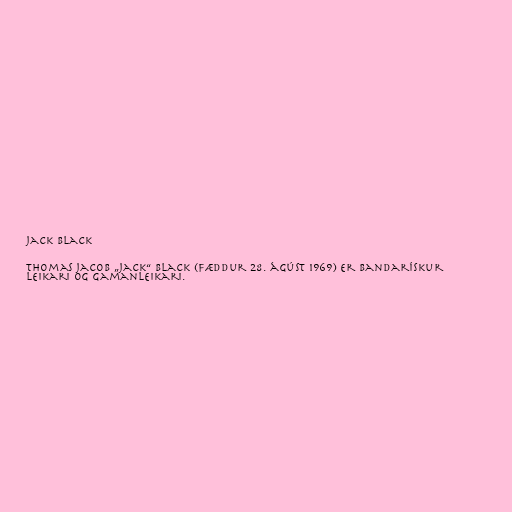
Jack Black

Thomas Jacob „Jack“ Black (fæddur 28. ágúst 1969) er bandarískur
leikari og gamanleikari.